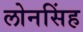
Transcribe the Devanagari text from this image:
लोनसिंह